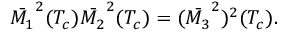
\bar { M _ { 1 } } ^ { 2 } ( T _ { c } ) \bar { M _ { 2 } } ^ { 2 } ( T _ { c } ) = ( \bar { M _ { 3 } } ^ { 2 } ) ^ { 2 } ( T _ { c } ) .